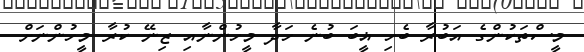
މީސްތަކުންގެ އަބުރާ ބެހި ޣީބަ ބުނެ ހަދާ މީހުންނާއި ޒިނޭ ކުރާ މީހުންނަށް